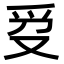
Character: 𬋥